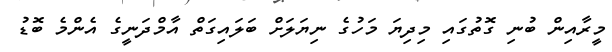
މީރާއިން ބުނި ގޮތުގައި މިދިޔަ މަހުގެ ނިޔަލަށް ބަލައިގަތް އާމްދަނީގެ އެންމެ ބޮޑު